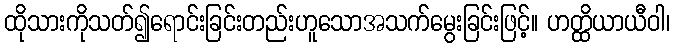
ထိုသားကိုသတ်၍ရောင်းခြင်းတည်းဟူသောအသက်မွေးခြင်းဖြင့်။ ဟတ္ထိယာယီဝါ၊